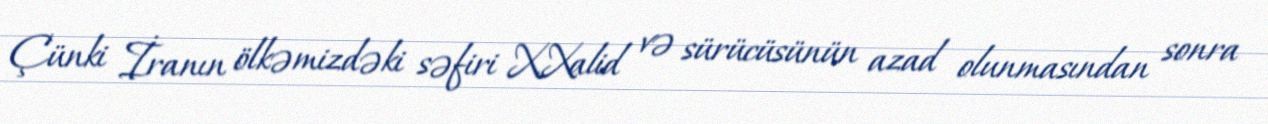
Çünki İranın ölkəmizdəki səfiri X.Xalid və sürücüsünün azad olunmasından sonra